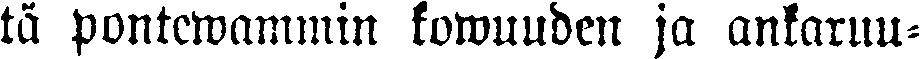
tä pontewammin kowuuden ja ankaruu-